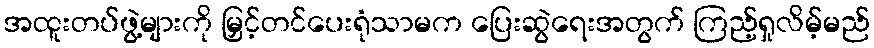
အထူးတပ်ဖွဲ့များကို မြှင့်တင်ပေးရုံသာမက ပြေးဆွဲရေးအတွက် ကြည့်ရှုလိမ့်မည်